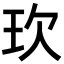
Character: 㺵